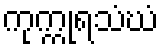
ကုက္ကုရသံဃံ